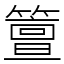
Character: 䉡